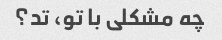
چه مشکلی با تو، تد؟